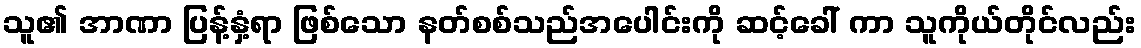
သူ၏ အာဏာ ပြန့်နှံ့ရာ ဖြစ်သော နတ်စစ်သည်အပေါင်းကို ဆင့်ခေါ် ကာ သူကိုယ်တိုင်လည်း